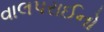
વાલપરાઈનો